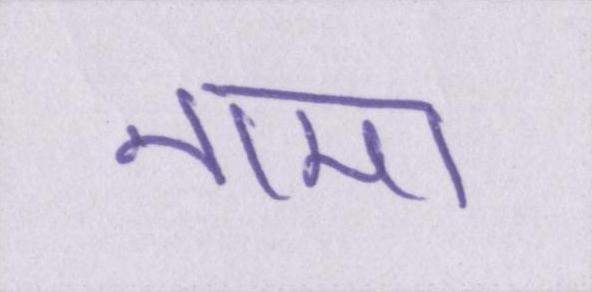
नामा